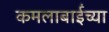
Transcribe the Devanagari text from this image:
कमलाबाईंच्या